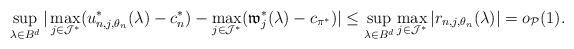
LaTeX: \begin{align*}\sup_{\lambda\in B^d }|\max_{j\in\mathcal J^*}(u^*_{n,j,\theta_{n}}(\lambda)-c^{*}_{n})-\max_{j\in\mathcal J^*}(\mathfrak{w}_{j}^*(\lambda)-c_{\pi^*})|\le \sup_{\lambda\in B^d }\max_{j\in\mathcal J^*}|r_{n,j,\theta_{n}}(\lambda)|=o_{\mathcal P}(1).\end{align*}